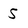
Character: 5